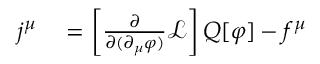
\begin{array} { r l } { j ^ { \mu } } & { { } = \left[ { \frac { \partial } { \partial ( \partial _ { \mu } \varphi ) } } { \mathcal { L } } \right] Q [ \varphi ] - f ^ { \mu } } \end{array}